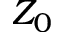
Z _ { 0 }